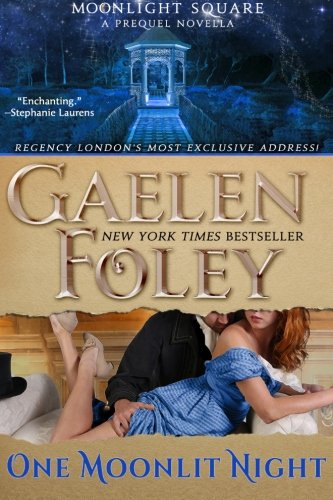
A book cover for One Moonlit Night (Moonlight Square: A Prequel Novella); Gaelen Foley; Romance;